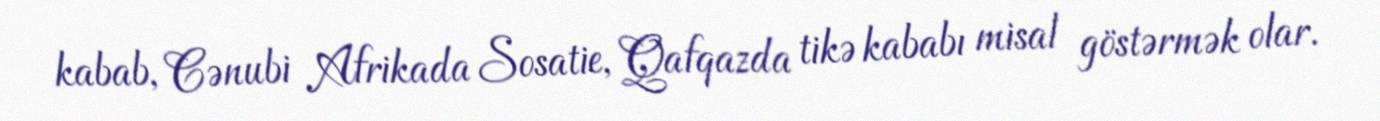
kabab, Cənubi Afrikada Sosatie, Qafqazda tikə kababı misal göstərmək olar.